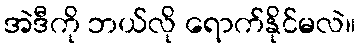
အဲဒီကို ဘယ်လို ရောက်နိုင်မလဲ။